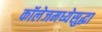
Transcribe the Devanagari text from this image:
कॉलेजमध्येसुद्धा